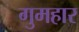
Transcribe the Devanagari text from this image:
गुमहार